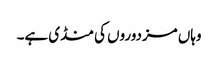
وہاں مزدوروں کی منڈی ہے۔